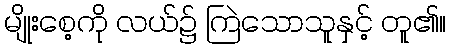
မျိုးစေ့ကို လယ်၌ ကြဲသောသူနှင့် တူ၏။